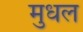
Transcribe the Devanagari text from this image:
मुधल